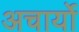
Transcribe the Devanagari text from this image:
अचार्यो